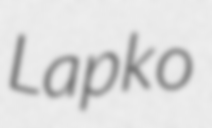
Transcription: Lapko